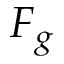
F _ { g }